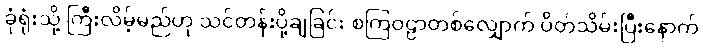
ခုံရုံးသို့ ကြီးလိမ့်မည်ဟု သင်တန်းပို့ချခြင်း စကြဝဠာတစ်လျှောက် ပိတ်သိမ်းပြီးနောက်